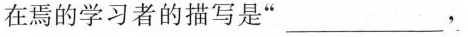
在焉的学习者的描写是”___，